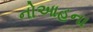
નોઆહના